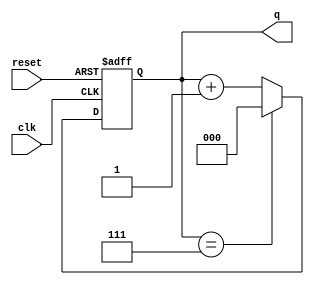
module binary_counter (
    input wire clk,          // Clock input
    input wire reset,        // Asynchronous reset
    output reg [N-1:0] q     // Counter output
);
    parameter N = 3;         // Number of bits for the counter
    parameter MAX_COUNT = (1 << N) - 1; // Maximum count value (2^N - 1)

    // State transition on the rising edge of the clock
    always @(posedge clk or posedge reset) begin
        if (reset) begin
            q <= 0; // Reset the counter to 0
        end else begin
            q <= (q == MAX_COUNT) ? 0 : q + 1; // Increment or wrap around
        end
    end
endmodule